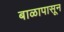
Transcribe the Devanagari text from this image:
बाळापासून